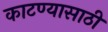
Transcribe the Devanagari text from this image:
काटण्यासाठी